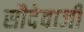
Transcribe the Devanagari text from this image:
सौदेवाजी